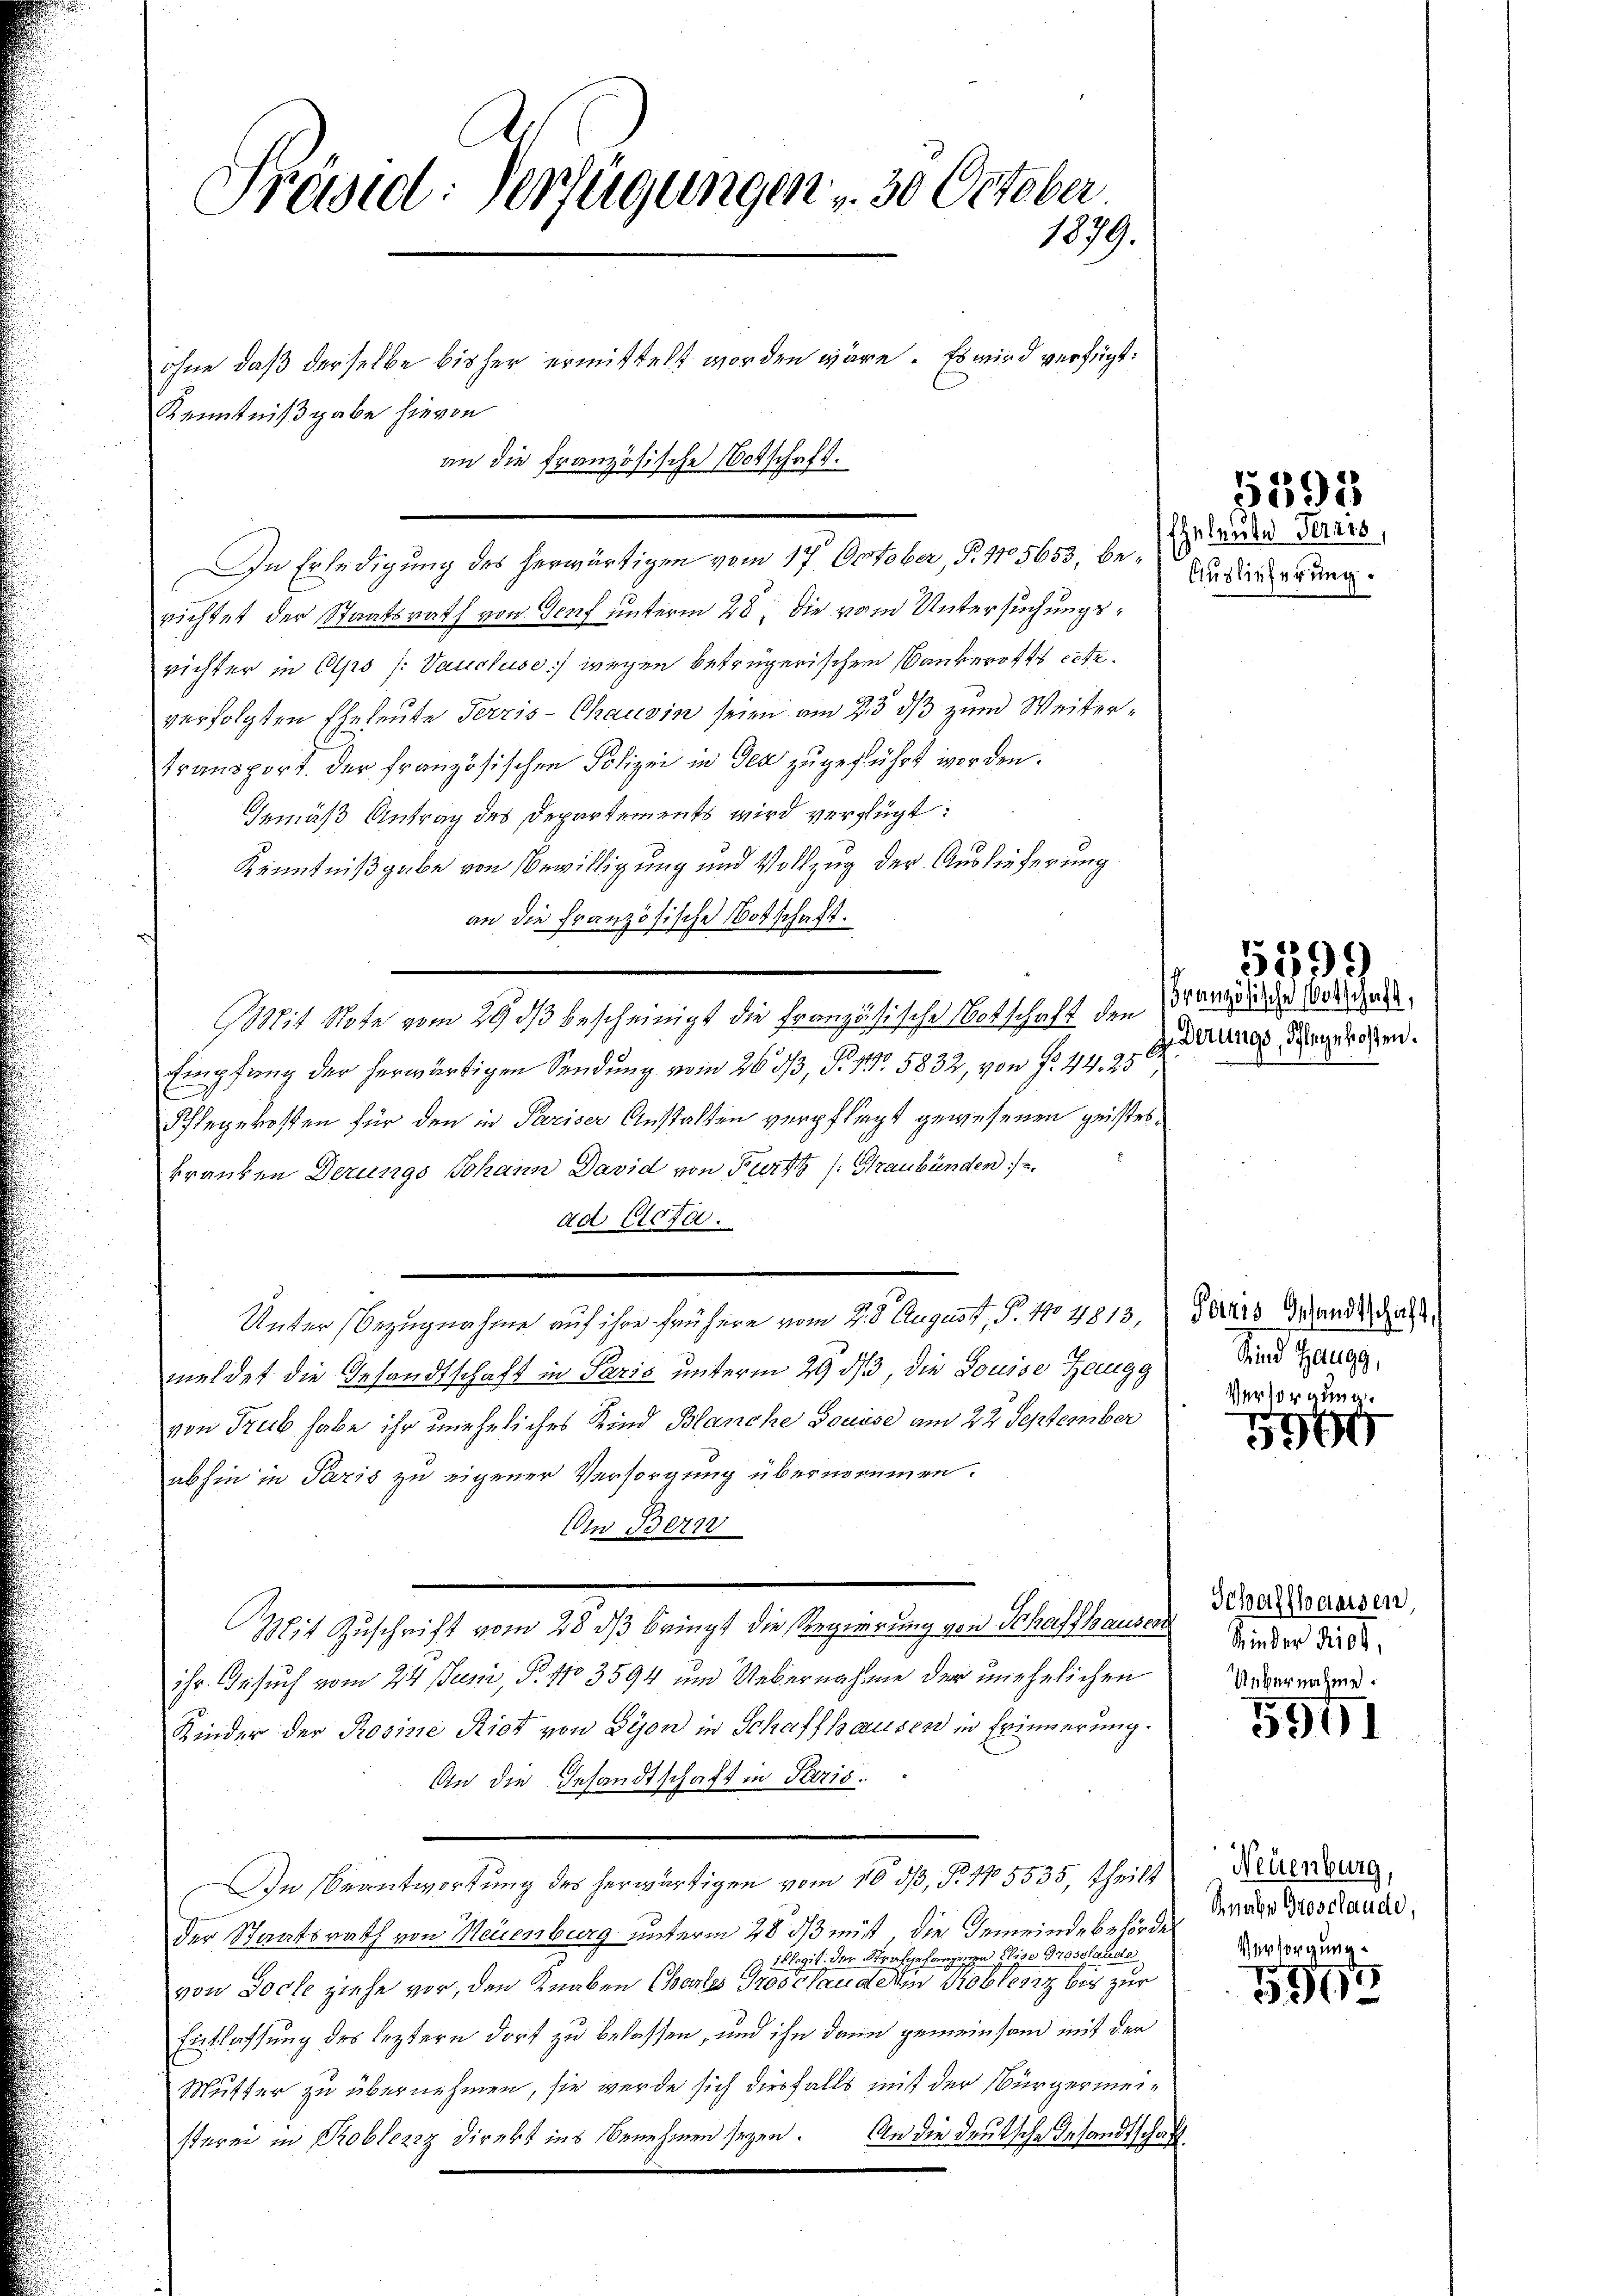
Präsid. Verfügungen - 30. October
1879.

Kenntnißgabe hievon
richtet der Staatsrath von Genf unterm 28. Die vom Untersuchungsrichter in Olpo (: Vauckuse) wegen betrügerischen Bankerottes exteverfolgten Eheleute Verzis-Chausin seien am 23. ds zum Weitertransport der französischen Polizei in der zugeführt worden.
Gemäß Antrag des Departements wird verfügt:
Kenntnißgabe von Bewilligung und Vollzug der Auslieferung
an die Französische Botschaft.
Mit Note vom 29 dß bescheinigt die Französische Notschaft den Partige Wohlges.
Ch
Empfang der herwärtigen Sendung vom 26. 33, S. 41. 5832, von Fr. 44. 25
1
Pflegekosten für den in Pariser Anstalten verpflegt gewesenen geisteskranken Derungs Johann David von Furtz /: Graubünden
ad Clota.
Unter Bezugnahme auf ihre frühere vom 4. 8. August, P. 170 4813,
meldet die Gesandtschaft in Paris unterm 29. ds, die Louise Zangg
von Trub habe ihr uneheliches Kind Blanche Louise am 22. September
abhin in Paris zu eigener Versorgung übernommen.
Um Bern
Mit Zuschrift vom 28. ds bringt die Regierung von Schaffhauser
ihr Gesuch vom 24. Juni, P. 10 3594 und Uebernahme der unehelichen
Kinder der Rosine Riet von Lyon in Schaffhausen in Erinnerung.
An die Gesandtschaft in Paris.
In Beantwortung des herwärtigen vom 16 ds, P. 15535, Theils
der Staatsrath von Neuenburg unterm 28. ds mißt, die Gemeindebehörder
iologit der Strafgefangenge eige Grosshande
von Doch ziehe vor, den Knaben Chartes Prostlanderen Koblenz bis zur
Entlassung des leztern dort zu belassen, und ihn dann gemeinsam mit der
Mutter zu übernehmen, sie wurde sich diesfalls mit der Bürgermeisterei in Probleziz direkt ins Benehmen seyen. An die deutsche Gesandtschaft.

ohne daß derselbe bisher ermittelt worden wäre. Es wird verfügt:
an die Französische Vorschaft.

In Erledigung des herwärtigen vom 17. October, P. 115653, be- Ausserung

Eheleute Terris,

derungs, Schlegekosten.

5593

5399

Paris Gesandtschaft,
Sind Zaugg,

Versorgung.
590

Schaffhausen,
Kinder Ries,
Uebernahme.

5941

Neuenburg,
Snale Grosclaude,
Versorgung

5967